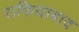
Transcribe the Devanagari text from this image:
राफियाबाद